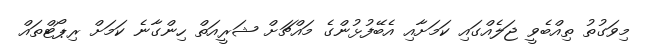
މިވަގުތު ތިއްބެވީ ޖަލެއްގައި ކަމަށާއި އެބޭފުޅުންގެ މައްޗަށް ޝަރީއަތް ހިންގާނެ ކަމަށް ރިޕޯޓްތައް